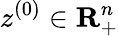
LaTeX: z^{(0)}\in\mathbf{R}_{+}^{n}